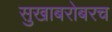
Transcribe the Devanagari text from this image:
सुखाबरोबरच